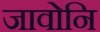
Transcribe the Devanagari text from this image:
जावोनि